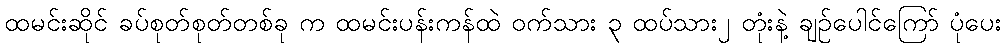
ထမင်းဆိုင် ခပ်စုတ်စုတ်တစ်ခု က ထမင်းပန်းကန်ထဲ ဝက်သား ၃ ထပ်သား၂ တုံးနဲ့ ချဉ်ပေါင်ကြော် ပုံပေး